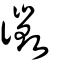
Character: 徴